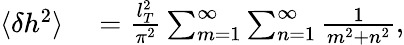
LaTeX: \begin{array}{rl}{\langle\delta h^{2}\rangle}&{{}=\frac{l_{T}^{2}}{\pi^{2}}\sum_{m=1}^{\infty}\sum_{n=1}^{\infty}\frac{1}{m^{2}+n^{2}},}\end{array}